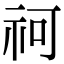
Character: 𥘫